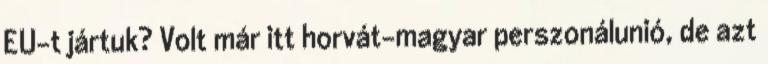
EU-t jártuk? Volt már itt horvát–magyar perszonálunió, de azt